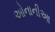
ઓનાનીઆ